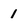
Character: 1